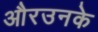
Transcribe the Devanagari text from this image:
औरउनके